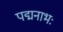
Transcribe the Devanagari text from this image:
पद्मनाभः